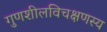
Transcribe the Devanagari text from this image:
गुणशीलविचक्षणस्य